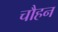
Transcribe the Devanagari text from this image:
चौहन